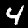
Label: 4